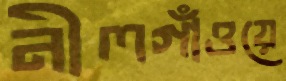
নীলগাঁওয়ে